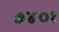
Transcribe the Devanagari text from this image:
७४०१